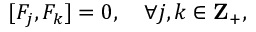
[ F _ { j } , F _ { k } ] = 0 , \quad \forall j , k \in { \bf Z } _ { + } ,